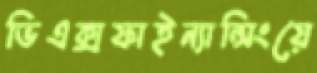
ভিএক্সফাইন্যান্সিংয়ে